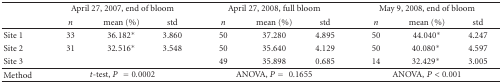
<table><thead><tr><td></td><td colspan="3"><b>April 27, 2007, end of bloom</b></td><td colspan="3"><b>April 27, 2008, full bloom</b></td><td colspan="3"><b>May 9, 2008, end of bloom</b></td></tr><tr><td></td><td><b><i>n</i></b></td><td><b>mean (%)</b></td><td><b>std</b></td><td><b><i>n</i></b></td><td><b>mean (%)</b></td><td><b>std</b></td><td><b><i>n</i></b></td><td><b>mean (%)</b></td><td><b>std</b></td></tr></thead><tbody><tr><td>Site 1</td><td>33</td><td>36.182*</td><td> 3.860</td><td>50</td><td>37.280</td><td>4.895</td><td>50</td><td>44.040*</td><td> 4.247</td></tr><tr><td>Site 2</td><td>31</td><td>32.516*</td><td> 3.548</td><td>50</td><td>35.640</td><td>4.129</td><td>50</td><td>40.080<sup>∗</sup></td><td> 4.597</td></tr><tr><td>Site 3</td><td></td><td></td><td></td><td>49</td><td>35.898</td><td>0.685</td><td>14</td><td>32.429<sup>∗</sup></td><td>3.005</td></tr><tr><td>Method</td><td colspan="3"><i>t</i>-test, <i>P</i> = 0.0002</td><td colspan="3">ANOVA, <i>P</i> = 0.1655</td><td colspan="3">ANOVA,<i>P</i> &lt; 0.001</td></tr></tbody></table>